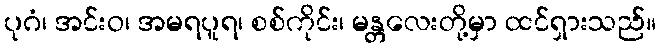
ပုဂံ၊ အင်းဝ၊ အမရပူရ၊ စစ်ကိုင်း၊ မန္တလေးတို့မှာ ထင်ရှားသည်။